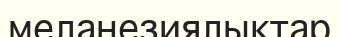
меланезиялықтар